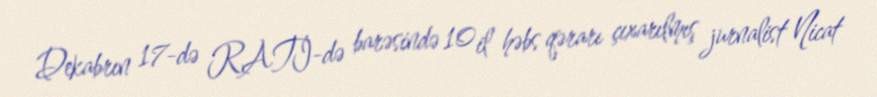
Dekabrın 17-də RATİ-də barəsində 10 il həbs qərarı çıxarılmış jurnalist Nicat